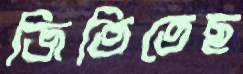
জিতিতেছ